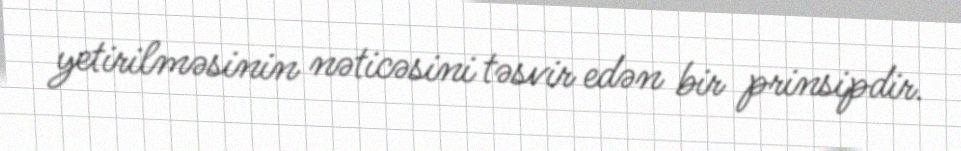
yetirilməsinin nəticəsini təsvir edən bir prinsipdir.